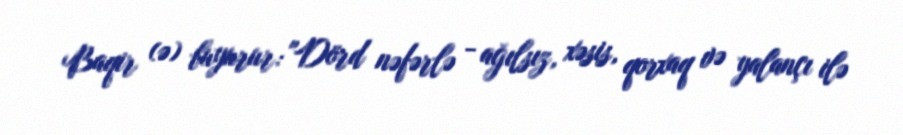
Baqir (ə) buyurur: "Dörd nəfərlə - ağılsız, xəsis, qorxaq və yalançı ilə